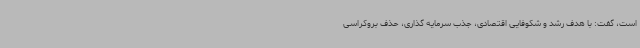
است، گفت: با هدف رشد و شکوفایی اقتصادی، جذب سرمایه گذاری، حذف بروکراسی